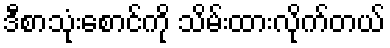
ဒီစာသုံးစောင်ကို သိမ်းထားလိုက်တယ်